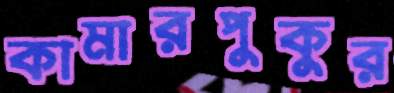
কামারপুকুর